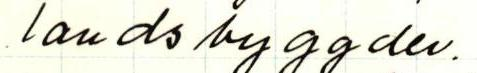
landsbyggden.